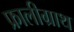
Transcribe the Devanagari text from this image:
फ्रालीग्राथ